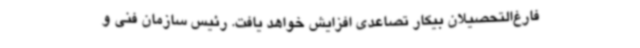
فارغ‌التحصیلان بیکار تصاعدی افزایش خواهد یافت. رئیس سازمان فنی و